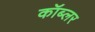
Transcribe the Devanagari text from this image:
कॉब्लर